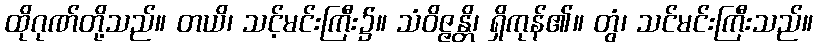
ထိုဂုဏ်တို့သည်။ တယိ၊ သင့်မင်းကြီး၌။ သံဝိဇ္ဇန္တိ၊ ရှိကုန်၏။ တွံ၊ သင်မင်းကြီးသည်။